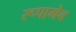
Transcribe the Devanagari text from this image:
रूपामेव